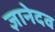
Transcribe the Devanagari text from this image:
ज्ञानेदव